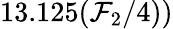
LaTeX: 13.125({\mathcal{F}_{2}}/{4}))